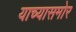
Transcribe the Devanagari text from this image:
याच्यासमोर